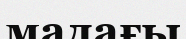
мадағы